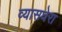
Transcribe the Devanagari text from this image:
व्यासघेरा